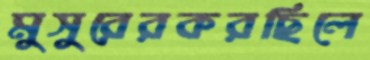
মুসুরেরকরছিলে